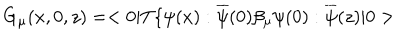
G _ { \mu } ( x , 0 , z ) = < 0 | T \{ \psi ( x ) : \overline { { { \psi } } } ( 0 ) \beta _ { \mu } \psi ( 0 ) : \overline { { { \psi } } } ( z ) | 0 >